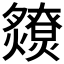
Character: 𤒧